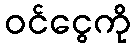
ဝင်ငွေကို